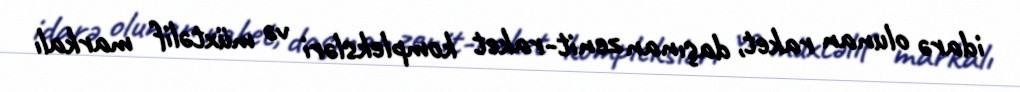
idarə olunan raket, daşınan zenit-raket kompleksləri və müxtəlif markalı